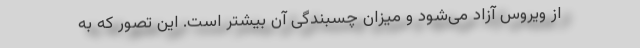
از ویروس آزاد می‌شود و میزان چسبندگی آن بیشتر است. این تصور که به